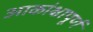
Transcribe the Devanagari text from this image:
आकांक्षापूर्ण